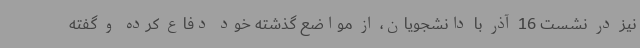
نیز در نشست 16 آذر با دانشجویان، از مواضع گذشته خود دفاع کرده و گفته